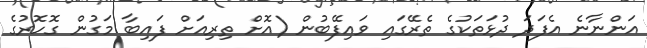
އަންނާނެ އެފަދަ ދުޅަތަކުގެ ތެރޭގައި ވައިފޭބުން (އޮށް ތިރިއަށް ފައިބާ މަގުން ގޮހޮރުގެ